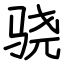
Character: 骁